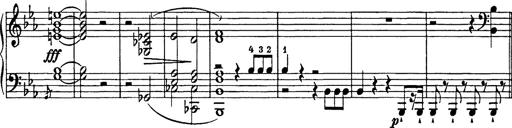
Title: Festmarsch zur SÃ¤cularfeier von Goethes Geburtstag
Composer: Franz Liszt